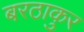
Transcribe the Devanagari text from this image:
बरठाकुर